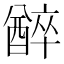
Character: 𨢅